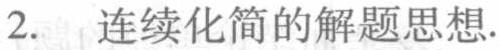
2. 连续化简的解题思想.